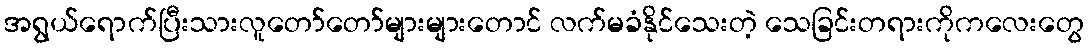
အရွယ်ရောက်ပြီးသားလူတော်တော်များများတောင် လက်မခံနိုင်သေးတဲ့ သေခြင်းတရားကိုကလေးတွေ